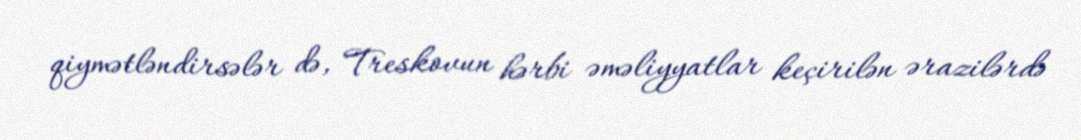
qiymətləndirsələr də, Treskovun hərbi əməliyyatlar keçirilən ərazilərdə